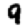
Digit: 9